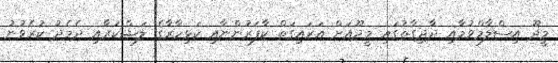
މީދޫ އިސްލާމްވުމާއި ދާދިގާތުގައި މީދޫއަށް އަރައިގަތް ކާފަރުންނާއި ކަޅިހާރާގެ ލަޝްކަރާއި ދެމެދު ކުރެވުނު